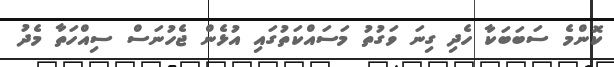
ކޮންމެ ސަބަބަކާ ހެދި ގިނަ ވަގުތު މަސައްކަތުގައި އުޅެން ޖެހުނަސް ސިއްހަތާ މެދު